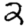
Digit: 2